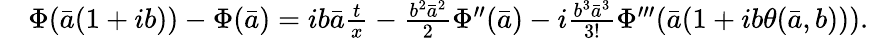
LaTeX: \begin{array}{rl}&{\Phi(\bar{a}(1+ib))-\Phi(\bar{a})=ib\bar{a}\frac{t}{x}-\frac{b^{2}\bar{a}^{2}}{2}\Phi^{\prime\prime}(\bar{a})-i\frac{b^{3}\bar{a}^{3}}{3!}\Phi^{\prime\prime\prime}(\bar{a}(1+ib\theta(\bar{a},b))).}\end{array}